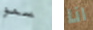
سمو انا